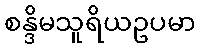
စန္ဒိမသူရိယဥပမာ